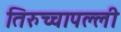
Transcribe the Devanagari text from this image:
तिरुच्चापल्ली